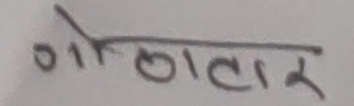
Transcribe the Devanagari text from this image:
गोलाकार